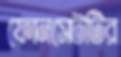
ফোনসেটটির